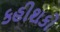
કહીશકો